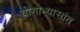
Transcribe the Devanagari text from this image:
योगाभ्यासांत